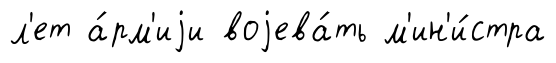
л'ет а́рм'иjи воjева́ть м'ин'и́стра